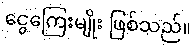
ငွေကြေးမျိုး ဖြစ်သည်။